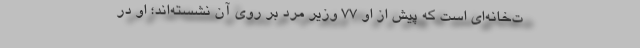
ت‌خانه‌ای است که پیش از او ۷۷ وزیر مرد بر روی آن نشسته‌اند؛ او در